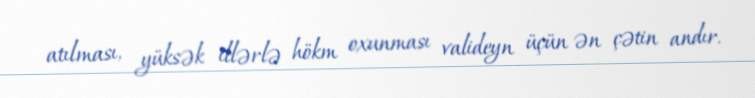
atılması, yüksək illərlə hökm oxunması valideyn üçün ən çətin andır.